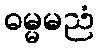
ဓမ္မမညံ